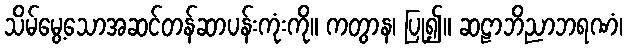
သိမ်မွေ့သောအဆင်တန်ဆာပန်းကုံးကို။ ကတွာန၊ ပြု၍။ ဆဠာဘိညာဘရဏံ၊